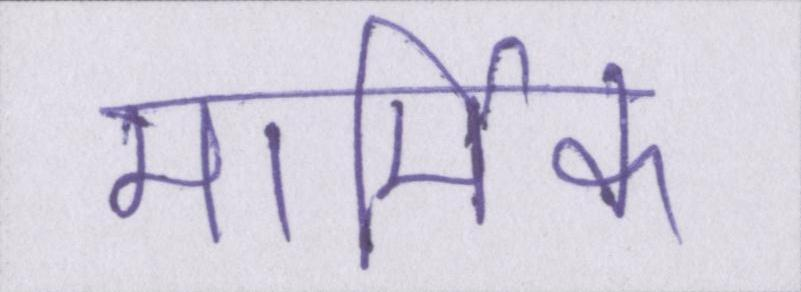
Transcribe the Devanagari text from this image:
मार्मिक